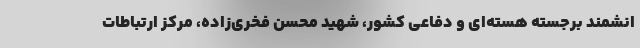
انشمند برجسته هسته‌ای و دفاعی کشور، شهید محسن فخری‌زاده، مرکز ارتباطات